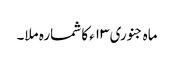
ماہ جنوری ۱۳ء کا شمارہ ملا۔